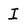
Character: I